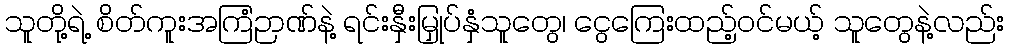
သူတို့ရဲ့ စိတ်ကူးအကြံဉာဏ်နဲ့ ရင်းနှီးမြှုပ်နှံသူတွေ၊ ငွေကြေးထည့်ဝင်မယ့် သူတွေနဲ့လည်း